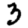
Digit: 3